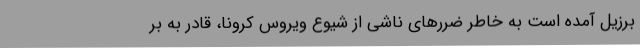
برزیل آمده است به خاطر ضررهای ناشی از شیوع ویروس کرونا، قادر به بر